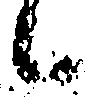
候